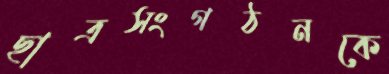
ছাত্রসংগঠনকে